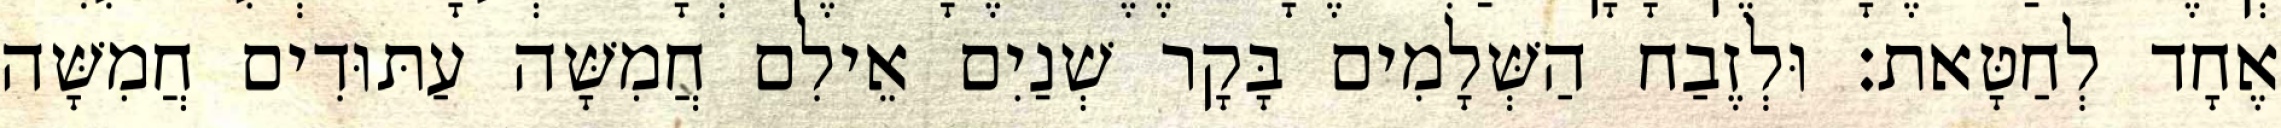
אֶחָד לְחַטָּאת׃ וּלְזֶבַח הַשְּׁלָמִים בָּקָר שְׁנַיִם אֵילִם חֲמִשָּׁה עַתּוּדִים חֲמִשָּׁה